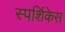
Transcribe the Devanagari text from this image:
स्पर्शिकेस